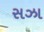
સઝા